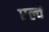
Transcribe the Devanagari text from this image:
एल्वे